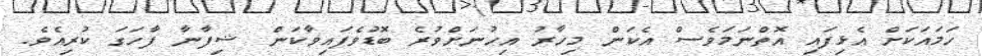
ހަމައަކަށް އެޅިފައި އޮތްނަމަވެސް އެކަން މިހާރު އިހުނަށްވުރެ ބޮޑުވެފައިވާކަން ޝިފާނާ ފާހަގަ ކުރިއެވެ.